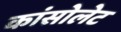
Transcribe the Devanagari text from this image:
कांसोलेट